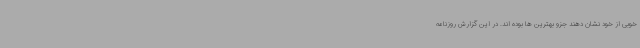
خوبی از خود نشان دهند جزو بهترین ها بوده اند. در این گزارش روزنامه